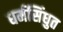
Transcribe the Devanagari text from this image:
धर्मसिंधुत